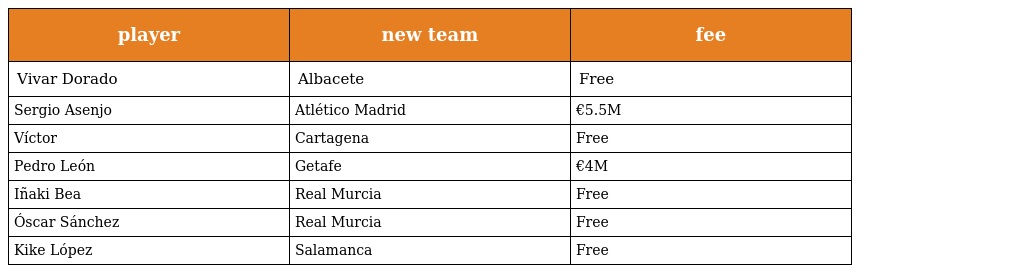
| player | new team | fee |
 | --- | --- | --- |
 | Vivar Dorado | Albacete | Free |
 | Sergio Asenjo | Atlético Madrid | €5.5M |
 | Víctor | Cartagena | Free |
 | Pedro León | Getafe | €4M |
 | Iñaki Bea | Real Murcia | Free |
 | Óscar Sánchez | Real Murcia | Free |
 | Kike López | Salamanca | Free |